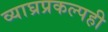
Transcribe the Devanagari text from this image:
व्याघ्रप्रकल्पही